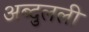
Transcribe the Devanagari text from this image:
अब्दुलली